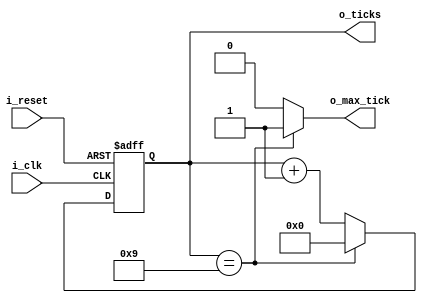
/**
    A mod-M counter counts from 0 to m-1 and wraps around. A parametrized mod-m counter is coded below.
    It has 2 parameters: M, which specifies the limit (m); and N, which specifies the number of bits needed
    and should be equal to log_2(M).
**/

module mod_m_counter
    #(
        // Parameters
        parameter   M       =       10          // mod-M
    )
    (
        // Inputs
        input wire i_clk,                       // Clock
        input wire i_reset,                     // Reset
        // Outputs
        output wire o_max_tick,                 // Max Tick signal
        output wire [log2(M)-1 : 0] o_ticks     // Ticks
    );

    // Signal Declaration
    localparam N    =   log2(M);                // Number of bits for M
    reg     [N-1 : 0]   r_reg;        
    wire    [N-1 : 0]   r_next;      

    //! Registers
    always @(posedge i_clk, posedge i_reset) 
    begin
        if(i_reset)             // Reset system
            r_reg <= 0;
        else                    // Next state assignments
            r_reg <= r_next;    
    end

    //! Next-State Logic
    assign r_next = (r_reg==(M-1)) ? 0 : r_reg + 1;

    //! Output Logic
    assign o_ticks = r_reg;
    assign o_max_tick = (r_reg==(M-1)) ? 1'b1 : 1'b0;

    //! Log2 Function
    function integer log2(input integer n);
        integer i;
    begin
        log2 = 1;
        for (i = 0; 2**i < n; i = i + 1)
            log2 = i + 1;
    end 
    endfunction

endmodule